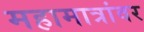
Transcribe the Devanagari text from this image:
महामात्रांवर